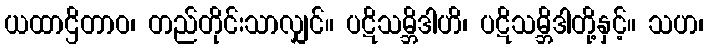
ယထာဌိတာဝ၊ တည်တိုင်းသာလျှင်။ ပဋိသမ္ဘိဒါဟိ၊ ပဋိသမ္ဘိဒါတို့နှင့်။ သဟ၊